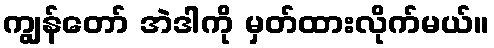
ကျွန်တော် အဲဒါကို မှတ်ထားလိုက်မယ်။